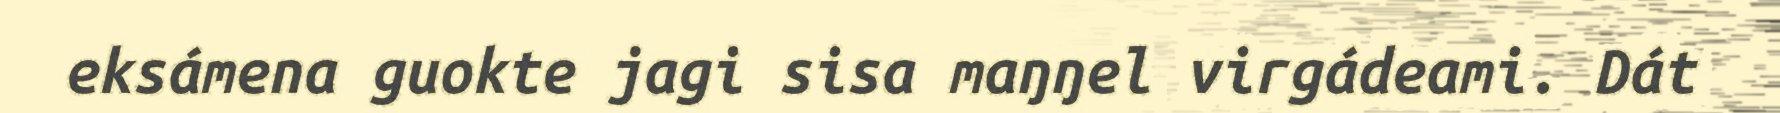
eksámena guokte jagi sisa maŋŋel virgádeami. Dát